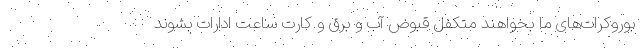
بوروکرات‌های ما بخواهند متکفل قبوض آب و برق و کارت ساعت ادارات بشوند